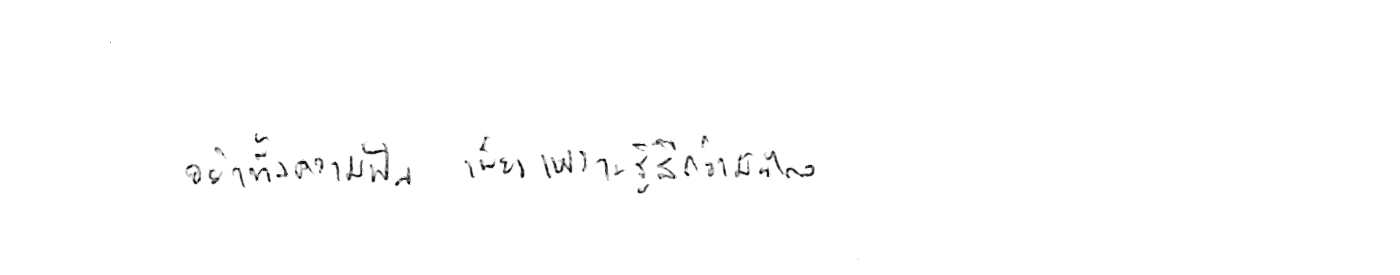
อย่าทิ้งความฝัน เพียงเพราะรู้สึกว่ามันไกล